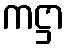
ကဋ္ဌာ